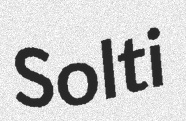
Solti